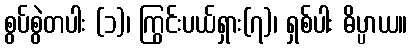
စွပ်စွဲတပါး (၁)၊ ကြွင်းပယ်ရှား(၇)၊ ရှစ်ပါး ဓိပ္ပာယ။